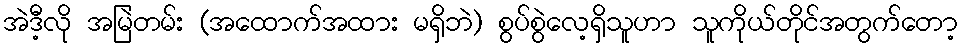
အဲဒီ့လို အမြဲတမ်း (အထောက်အထား မရှိဘဲ) စွပ်စွဲလေ့ရှိသူဟာ သူကိုယ်တိုင်အတွက်တော့